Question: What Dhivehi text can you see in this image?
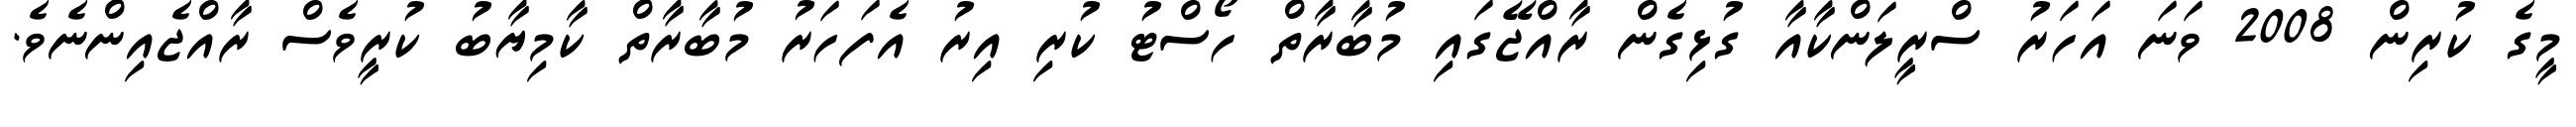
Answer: މީގެ ކުރިން 2008 ވަނަ އަހަރު ސްރީލަންކާއާ ގުޅިގެން ރާއްޖޭގައި މުބާރާތް ހޯސްޓު ކުރި އިރު އެފަހަރު މުބާރާތް ކާމިޔާބު ކުރީވެސް ރާއްޖެއިންނެވެ.